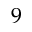
9